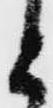
と